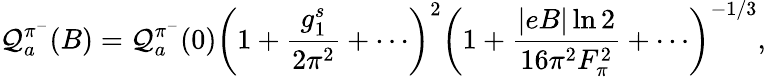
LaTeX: {\cal Q}_{a}^{\pi^{-}}(B)={\cal Q}_{a}^{\pi^{-}}(0)\left(1+{\frac{g_{1}^{s}}{2\pi^{2}}}+\cdots\right)^{2}\left(1+{\frac{\left|eB\right|\ln 2}{16\pi^{2}F_{\pi}^{2}}}+\cdots\right)^{-1/3},